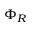
\Phi _ { R }